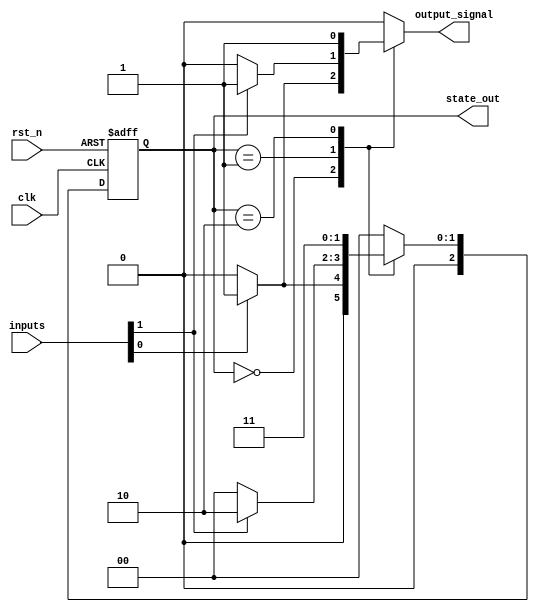
module mealy_fsm #(
    parameter N = 3,            // Number of bits for state
    parameter INPUT_WIDTH = 2   // Number of input signals
)(
    input wire clk,             // Clock signal
    input wire rst_n,           // Active low reset signal
    input wire [INPUT_WIDTH-1:0] inputs, // Input signals
    output reg [N-1:0] state_out, // Current state output
    output reg output_signal      // Output signal
);

    // State encoding
    localparam STATE_0 = 3'b000,
               STATE_1 = 3'b001,
               STATE_2 = 3'b010,
               STATE_3 = 3'b011;

    // Current state and next state registers
    reg [N-1:0] current_state, next_state;

    // State transition logic
    always @(*) begin
        case (current_state)
            STATE_0: begin
                if (inputs[0]) begin
                    next_state = STATE_1;
                    output_signal = 1'b1; // Output based on input
                end else begin
                    next_state = STATE_0;
                    output_signal = 1'b0;
                end
            end
            STATE_1: begin
                if (inputs[1]) begin
                    next_state = STATE_2;
                    output_signal = 1'b1;
                end else begin
                    next_state = STATE_0;
                    output_signal = 1'b0;
                end
            end
            STATE_2: begin
                next_state = STATE_3; // Transition to next state
                output_signal = 1'b1;
            end
            STATE_3: begin
                next_state = STATE_0; // Loop back to initial state
                output_signal = 1'b0;
            end
            default: begin
                next_state = STATE_0;
                output_signal = 1'b0;
            end
        endcase
    end

    // State register update
    always @(posedge clk or negedge rst_n) begin
        if (!rst_n) begin
            current_state <= STATE_0; // Reset to initial state
        end else begin
            current_state <= next_state; // Update current state
        end
    end

    // Output assignment
    always @(current_state or inputs) begin
        // Outputs can be updated based on current state and inputs
        // This has already been handled in state transition logic
        state_out = current_state; // Output the current state
    end

endmodule